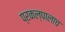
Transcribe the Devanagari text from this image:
प्रकल्पालाच